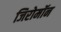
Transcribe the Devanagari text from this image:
जिरोमॉन